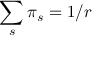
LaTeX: \sum _ { s } \pi _ { s } = 1 / r